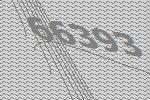
66393